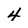
Character: 4